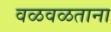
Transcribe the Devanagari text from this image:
वळवळताना